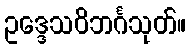
ဥဒ္ဒေသဝိဘင်္ဂသုတ်။